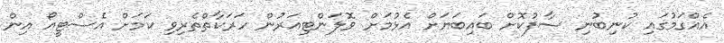
އެއްގަމުގައި ކުނިބުނި ސާފުކޮށް ބައިބަޔަށް އެޅުމަށް ވޮލަންޓިއަރުން ހަރަކާތްތެރިވި ކަމަށް އެސްޓީއޯ އިން